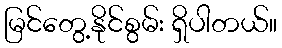
မြင်တွေ့နိုင်စွမ်း ရှိပါတယ်။